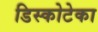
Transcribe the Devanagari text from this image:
डिस्कोटेका